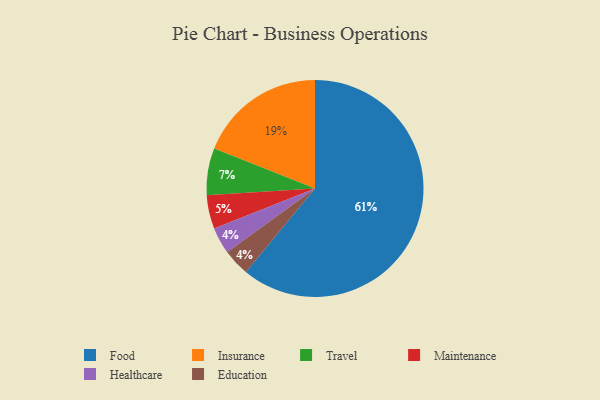
{"axis": {"x": "Category", "y": "Percentage"}, "legend": ["Education", "Food", "Healthcare", "Insurance", "Maintenance", "Travel"], "data": [{"x": "Travel", "y": 7, "type": "Travel"}, {"x": "Maintenance", "y": 5, "type": "Maintenance"}, {"x": "Healthcare", "y": 4, "type": "Healthcare"}, {"x": "Education", "y": 4, "type": "Education"}, {"x": "Food", "y": 61, "type": "Food"}, {"x": "Insurance", "y": 19, "type": "Insurance"}]}